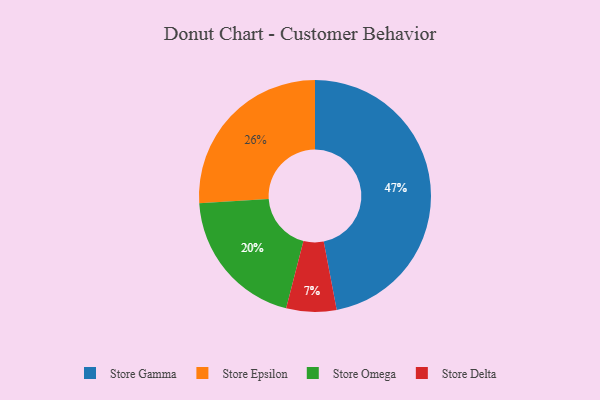
{"axis": {"x": "Category", "y": "Percentage"}, "legend": ["Store Delta", "Store Epsilon", "Store Gamma", "Store Omega"], "data": [{"x": "Store Gamma", "y": 47, "type": "Store Gamma"}, {"x": "Store Omega", "y": 20, "type": "Store Omega"}, {"x": "Store Delta", "y": 7, "type": "Store Delta"}, {"x": "Store Epsilon", "y": 26, "type": "Store Epsilon"}]}